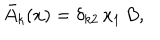
{ \bar { A } } _ { k } ( x ) = \delta _ { k 2 } \, x _ { 1 } \, B ,